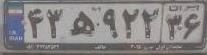
۴۳ه۹۲۲۳۶